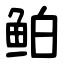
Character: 鲌